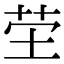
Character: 茔